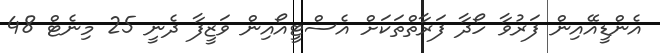
އެންޑީއޭއިން ފަރުވާ ހޯދާ ފަރާތްތަކަށް އެސްޓީއޯއިން ވަޒީފާ ދެނީ 25 މިނެޓް 48